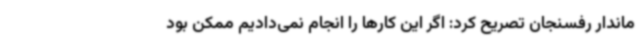
ماندار رفسنجان تصریح کرد: اگر این کارها را انجام نمی‌دادیم ممکن بود